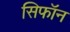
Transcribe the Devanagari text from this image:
सिफॉन